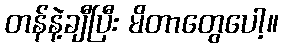
တန်နဲ့ချီပြီး မိတာတွေပေါ့။